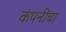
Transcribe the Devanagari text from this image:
कंपनींचा